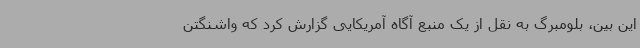
این بین، بلومبرگ به نقل از یک منبع آگاه آمریکایی گزارش کرد که واشنگتن